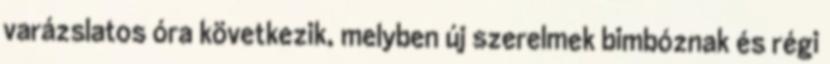
varázslatos óra következik, melyben új szerelmek bimbóznak és régi